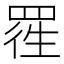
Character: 𱻃